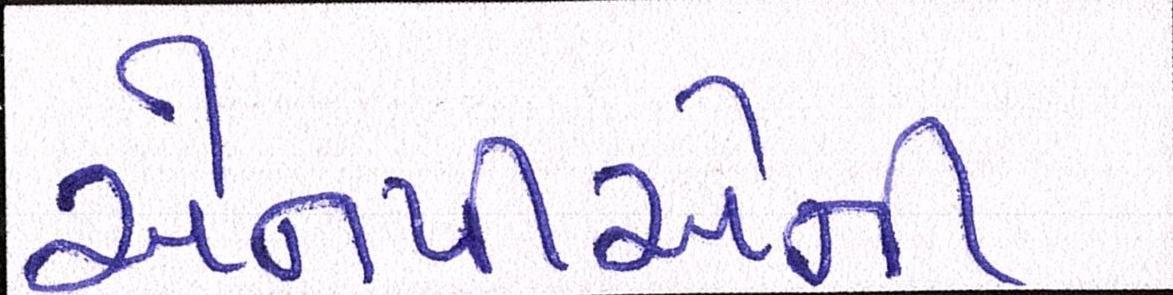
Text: એનપીએની